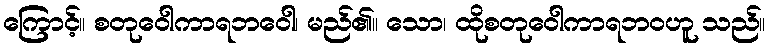
ကြောင့်။ စတုဝေါကာရဘဝေါ၊ မည်၏။ သော၊ ထိုစတုဝေါကာရဘဝဟူ သည်။